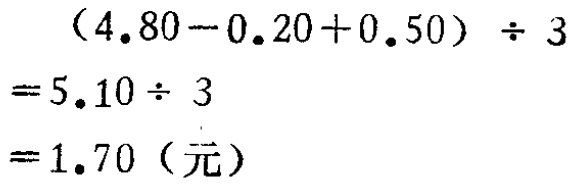
\[
\begin{align*}
&(4.80 - 0.20 + 0.50)\div3\\
=&5.10\div3\\
=&1.70 \text{（元）}
\end{align*}
\]